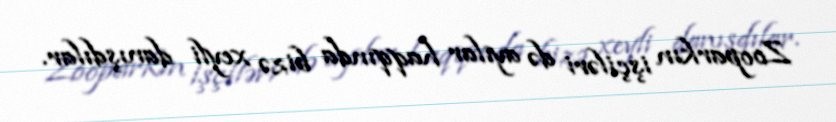
Zooparkın işçiləri də ayılar haqqında bizə xeyli danışdılar.